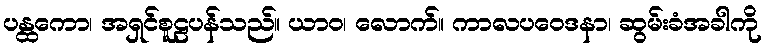
ပန္ထကော၊ အရှင်စူဠပန်သည်။ ယာဝ၊ လောက်။ ကာလပဝေဒနာ၊ ဆွမ်းခံအခါကို